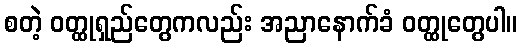
စတဲ့ ဝတ္ထုရှည်တွေကလည်း အညာနောက်ခံ ဝတ္ထုတွေပါ။